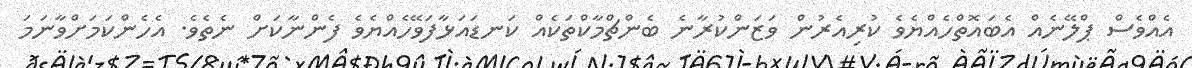
އެއްވެސް ޕްލޭނެއް އެބައޮތްހެއްޔެވެ ކުރިއެރުން ވަޒަންކުރާނެ ބެންޗްމާކްތަކެއް ކަނޑައަޅާފަވޭހެއްޔެވެ ފެންނާކަށް ނެތެވެ. އެހެންކަމަށްވާނަމަ